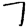
Digit: 7